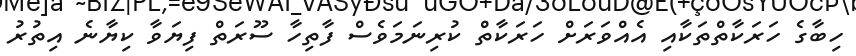
ހިބާގެ ހަރަކާތްތަކާއި އެއްވަރަށް ހަރަކާތް ކުރިނަމަވެސް ފާތިހާ ސޫރަތް ފިޔަވާ ކިޔާނެ އިތުރު